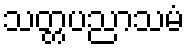
သတ္တပညာသမံ